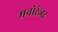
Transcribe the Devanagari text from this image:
मनोरंजर